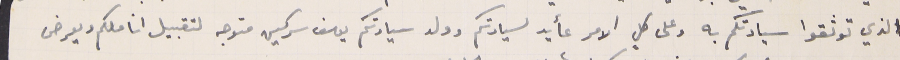
الذي توثقوا سيادتكم به وعلى كلٍ الامر عأيد لسيادتكم وولد سيادتكم يوسف سركيس متوجه لتقبيل اناملكم ويعرض